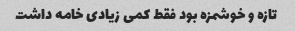
تازه و خوشمزه بود فقط کمی زیادی خامه داشت